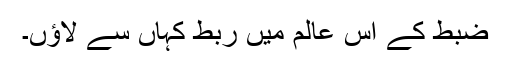
ضبط کے اس عالم میں ربط کہاں سے لاﺅں۔